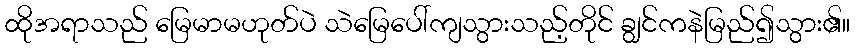
ထိုအရာသည် မြေမာမဟုတ်ပဲ သဲမြေပေါ်ကျသွားသည့်တိုင် ချွင်ကနဲမြည်၍သွား၏။